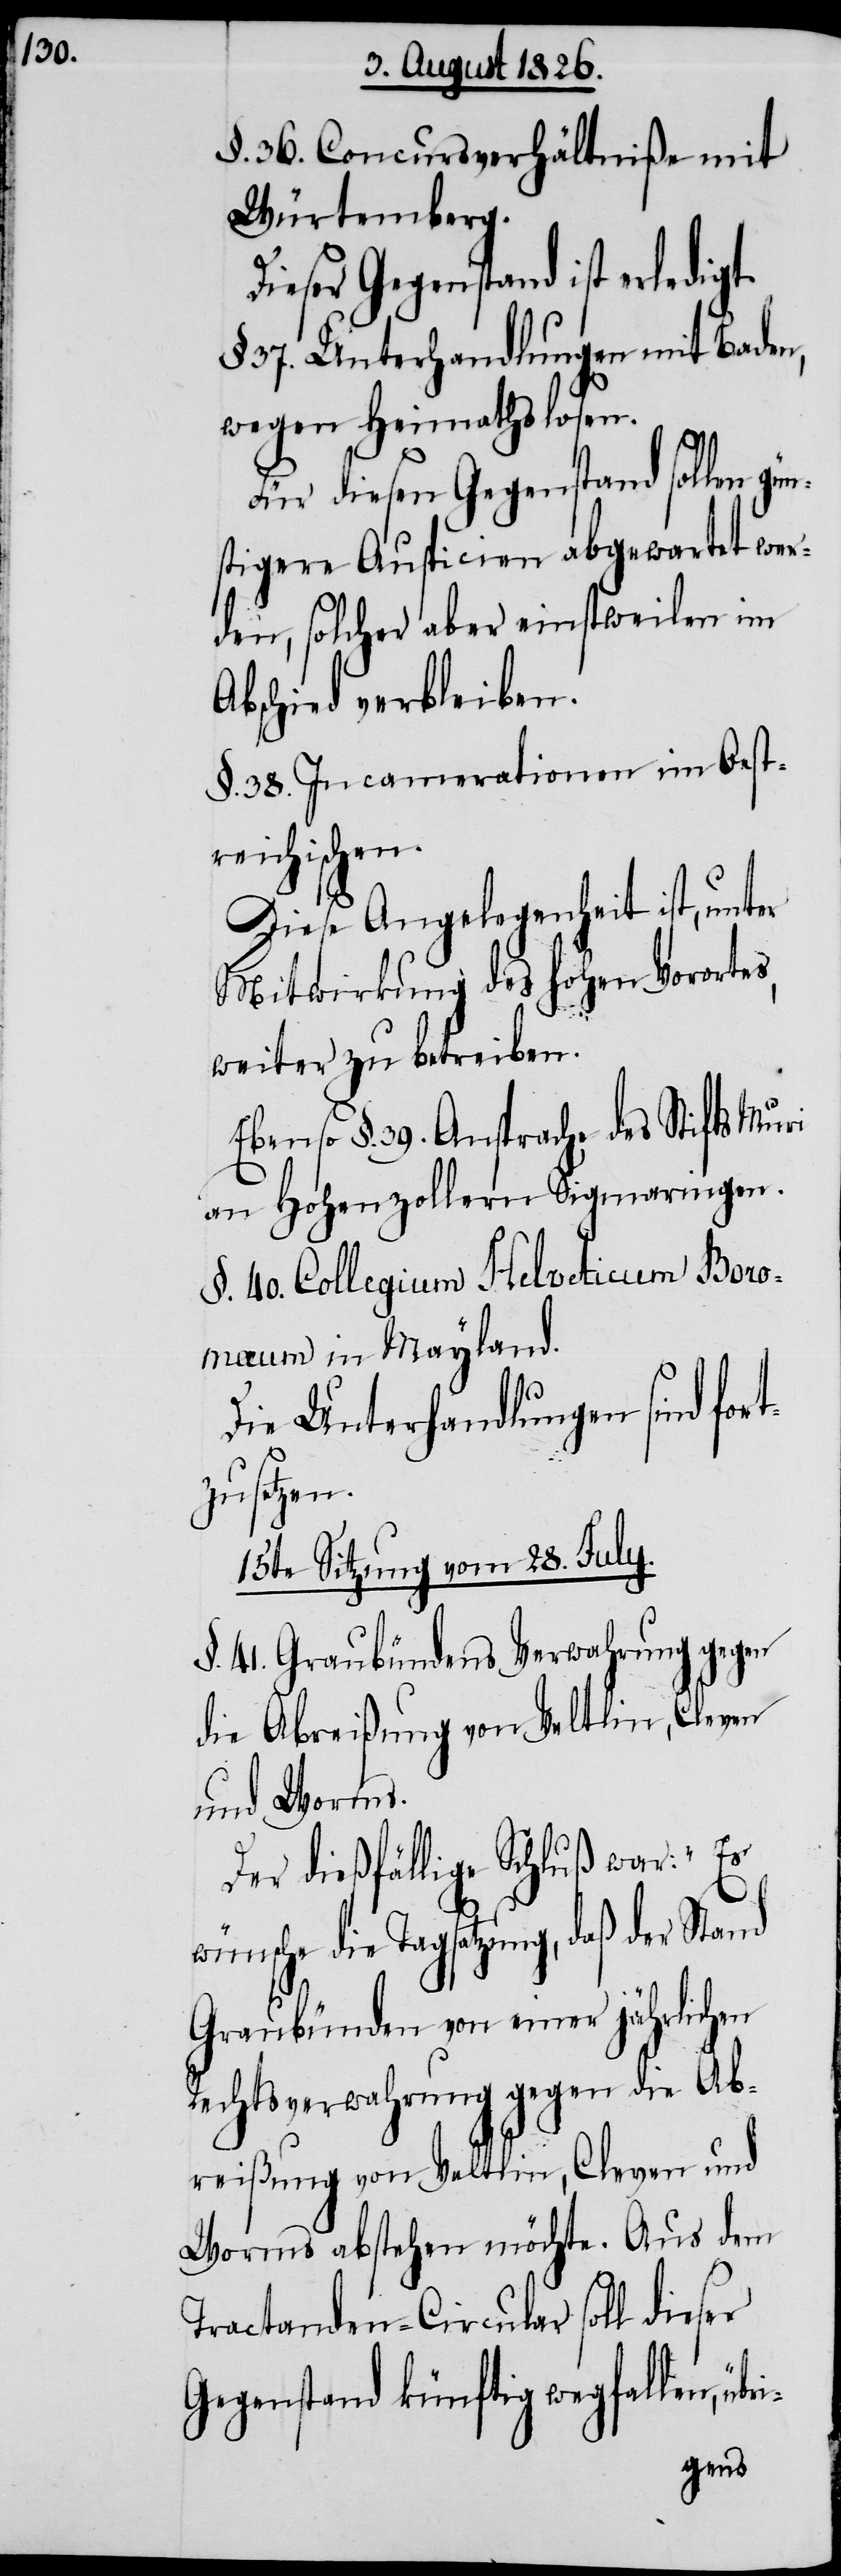
§. 36. Concursverhältniße mit
Würtemberg.
Dieser Gegenstand ist erledigt.
37. Unterhandlungen mit Baden,
wegen Heimathslosen.
Für diesen Gegenstand sollen
stigere Auspicien abgewartet wer¬
den, solcher aber einstweilen im
Abschied verbleiben.
§. 38. Incamerationen im Oest¬
reichischen.
Diese Angelegenheit ist, unter
Mitwirkung des hohen Vorortes,
weiter zu betreiben.
Ebenso §. 39. Ansprache des Stifts Muri
an Hohenzollern Sigmaringen.
§. 40. Collegium Helveticum Boro¬
mæum in Mayland.
Die Unterhandlungen sind for¬
tzusetzen.
15te Sitzung vom 28. July.
§. 41. Graubündens Verwahrung gegen
die Abreißung von Veltlin, Cleven
und Worms.
Der dießfällige Schluß war. „Es
wünsche die Tagsatzung, daß der Stand
Graubünden von einer jährlichen
Rechtsverwahrung gegen die Ab¬
reißung von Veltlin, Cleven und
Worms abstehen möchte. Aus dem
Tractanden-Circular soll dieser
Gegenstand künftig wegfallen,
gün¬